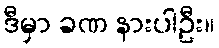
ဒီမှာ ခဏ နားပါဦး။